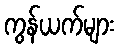
ကွန်ယက်များ